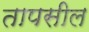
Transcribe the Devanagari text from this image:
तापसील